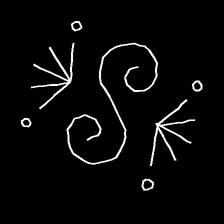
Glyph: aeroform